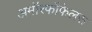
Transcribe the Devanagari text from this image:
अमॉरफौफेलस